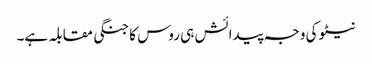
نیٹو کی وجہ پیدائش ہی روس کا جنگی مقابلہ ہے۔